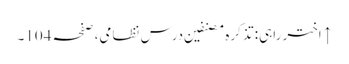
↑ اختر راہی: تذکرہ مصنفین درسِ نظامی، صفحہ 104۔